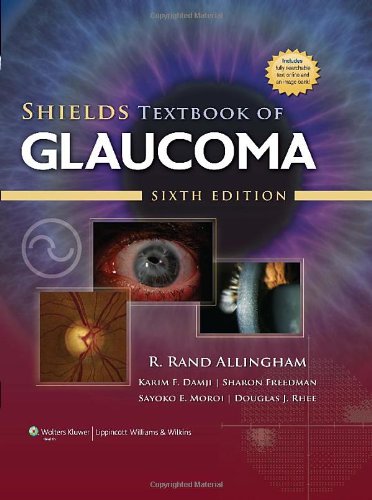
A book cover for Shields Textbook of Glaucoma (Allingham, Shields' Textbook of Glaucoma); Medical Books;